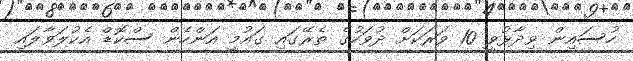
ހުސައިން ވިދާޅުވީ 10 ވަރަކަށް ދުވަހުގެ ތެރޭގައި ގައުމީ އަންހެން ސްކޮޑް އެކުލަވާލައި